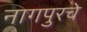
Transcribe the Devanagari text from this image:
नागपुरचे